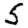
Digit: 5